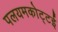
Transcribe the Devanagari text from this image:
पलयमकोट्टई